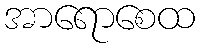
အာရောစေထ